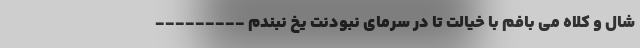
شال و کلاه می بافم با خیالت تا در سرمای نبودنت یخ نبندم ---------